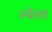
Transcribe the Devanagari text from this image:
त्येला